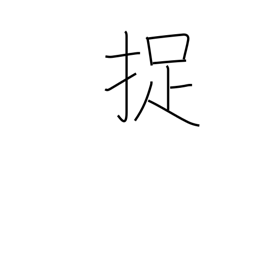
Meaning: catch